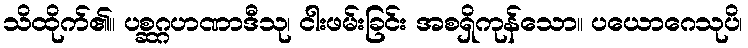
သိထိုက်၏။ ပစ္ဆဂ္ဂဟဏာဒီသု၊ ငါးဖမ်းခြင်း အစရှိကုန်သော။ ပယောဂေသုပိ၊